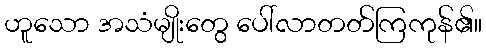
ဟူသော အသံမျိုးတွေ ပေါ်လာတတ်ကြကုန်၏။